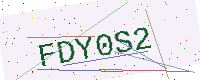
Text: FDY0S2